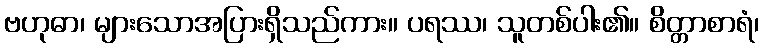
ဗဟုဓာ၊ များသောအပြားရှိသည်ကား။ ပရဿ၊ သူတစ်ပါး၏။ စိတ္တာစာရံ၊